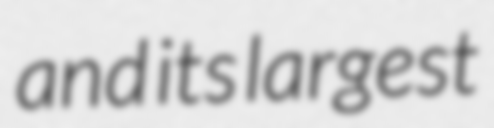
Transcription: and its largest